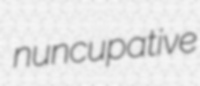
nuncupative